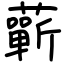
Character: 蘄